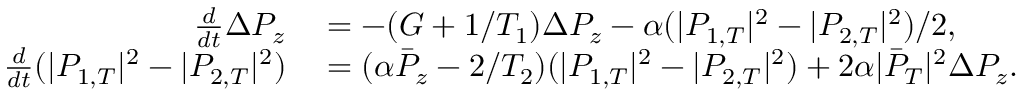
\begin{array} { r l } { \frac { d } { d t } \Delta P _ { z } } & { { } = - ( G + 1 / T _ { 1 } ) \Delta P _ { z } - \alpha ( | P _ { 1 , T } | ^ { 2 } - | P _ { 2 , T } | ^ { 2 } ) / 2 , } \\ { \frac { d } { d t } ( | P _ { 1 , T } | ^ { 2 } - | P _ { 2 , T } | ^ { 2 } ) } & { { } = ( \alpha \bar { P } _ { z } - 2 / T _ { 2 } ) ( | P _ { 1 , T } | ^ { 2 } - | P _ { 2 , T } | ^ { 2 } ) + 2 \alpha | \bar { P } _ { T } | ^ { 2 } \Delta P _ { z } . } \end{array}